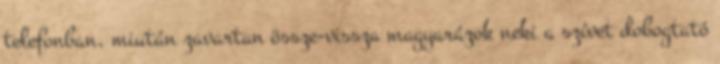
telefonban, miután zavartan össze-vissza magyarázok neki a szívet dobogtató